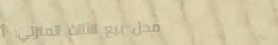
محل بيع الأثاث المنزلي: أ